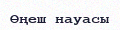
Өңеш науасы